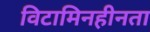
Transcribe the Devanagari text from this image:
विटामिनहीनता